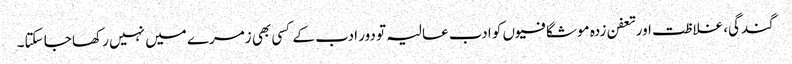
گندگی، غلاظت اور تعفن زدہ موشگافیوں کو ادب عالیہ تو دور ادب کے کسی بھی زمرے میں نہیں رکھا جا سکتا۔